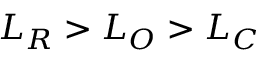
L _ { R } > L _ { O } > L _ { C }